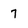
Character: 7